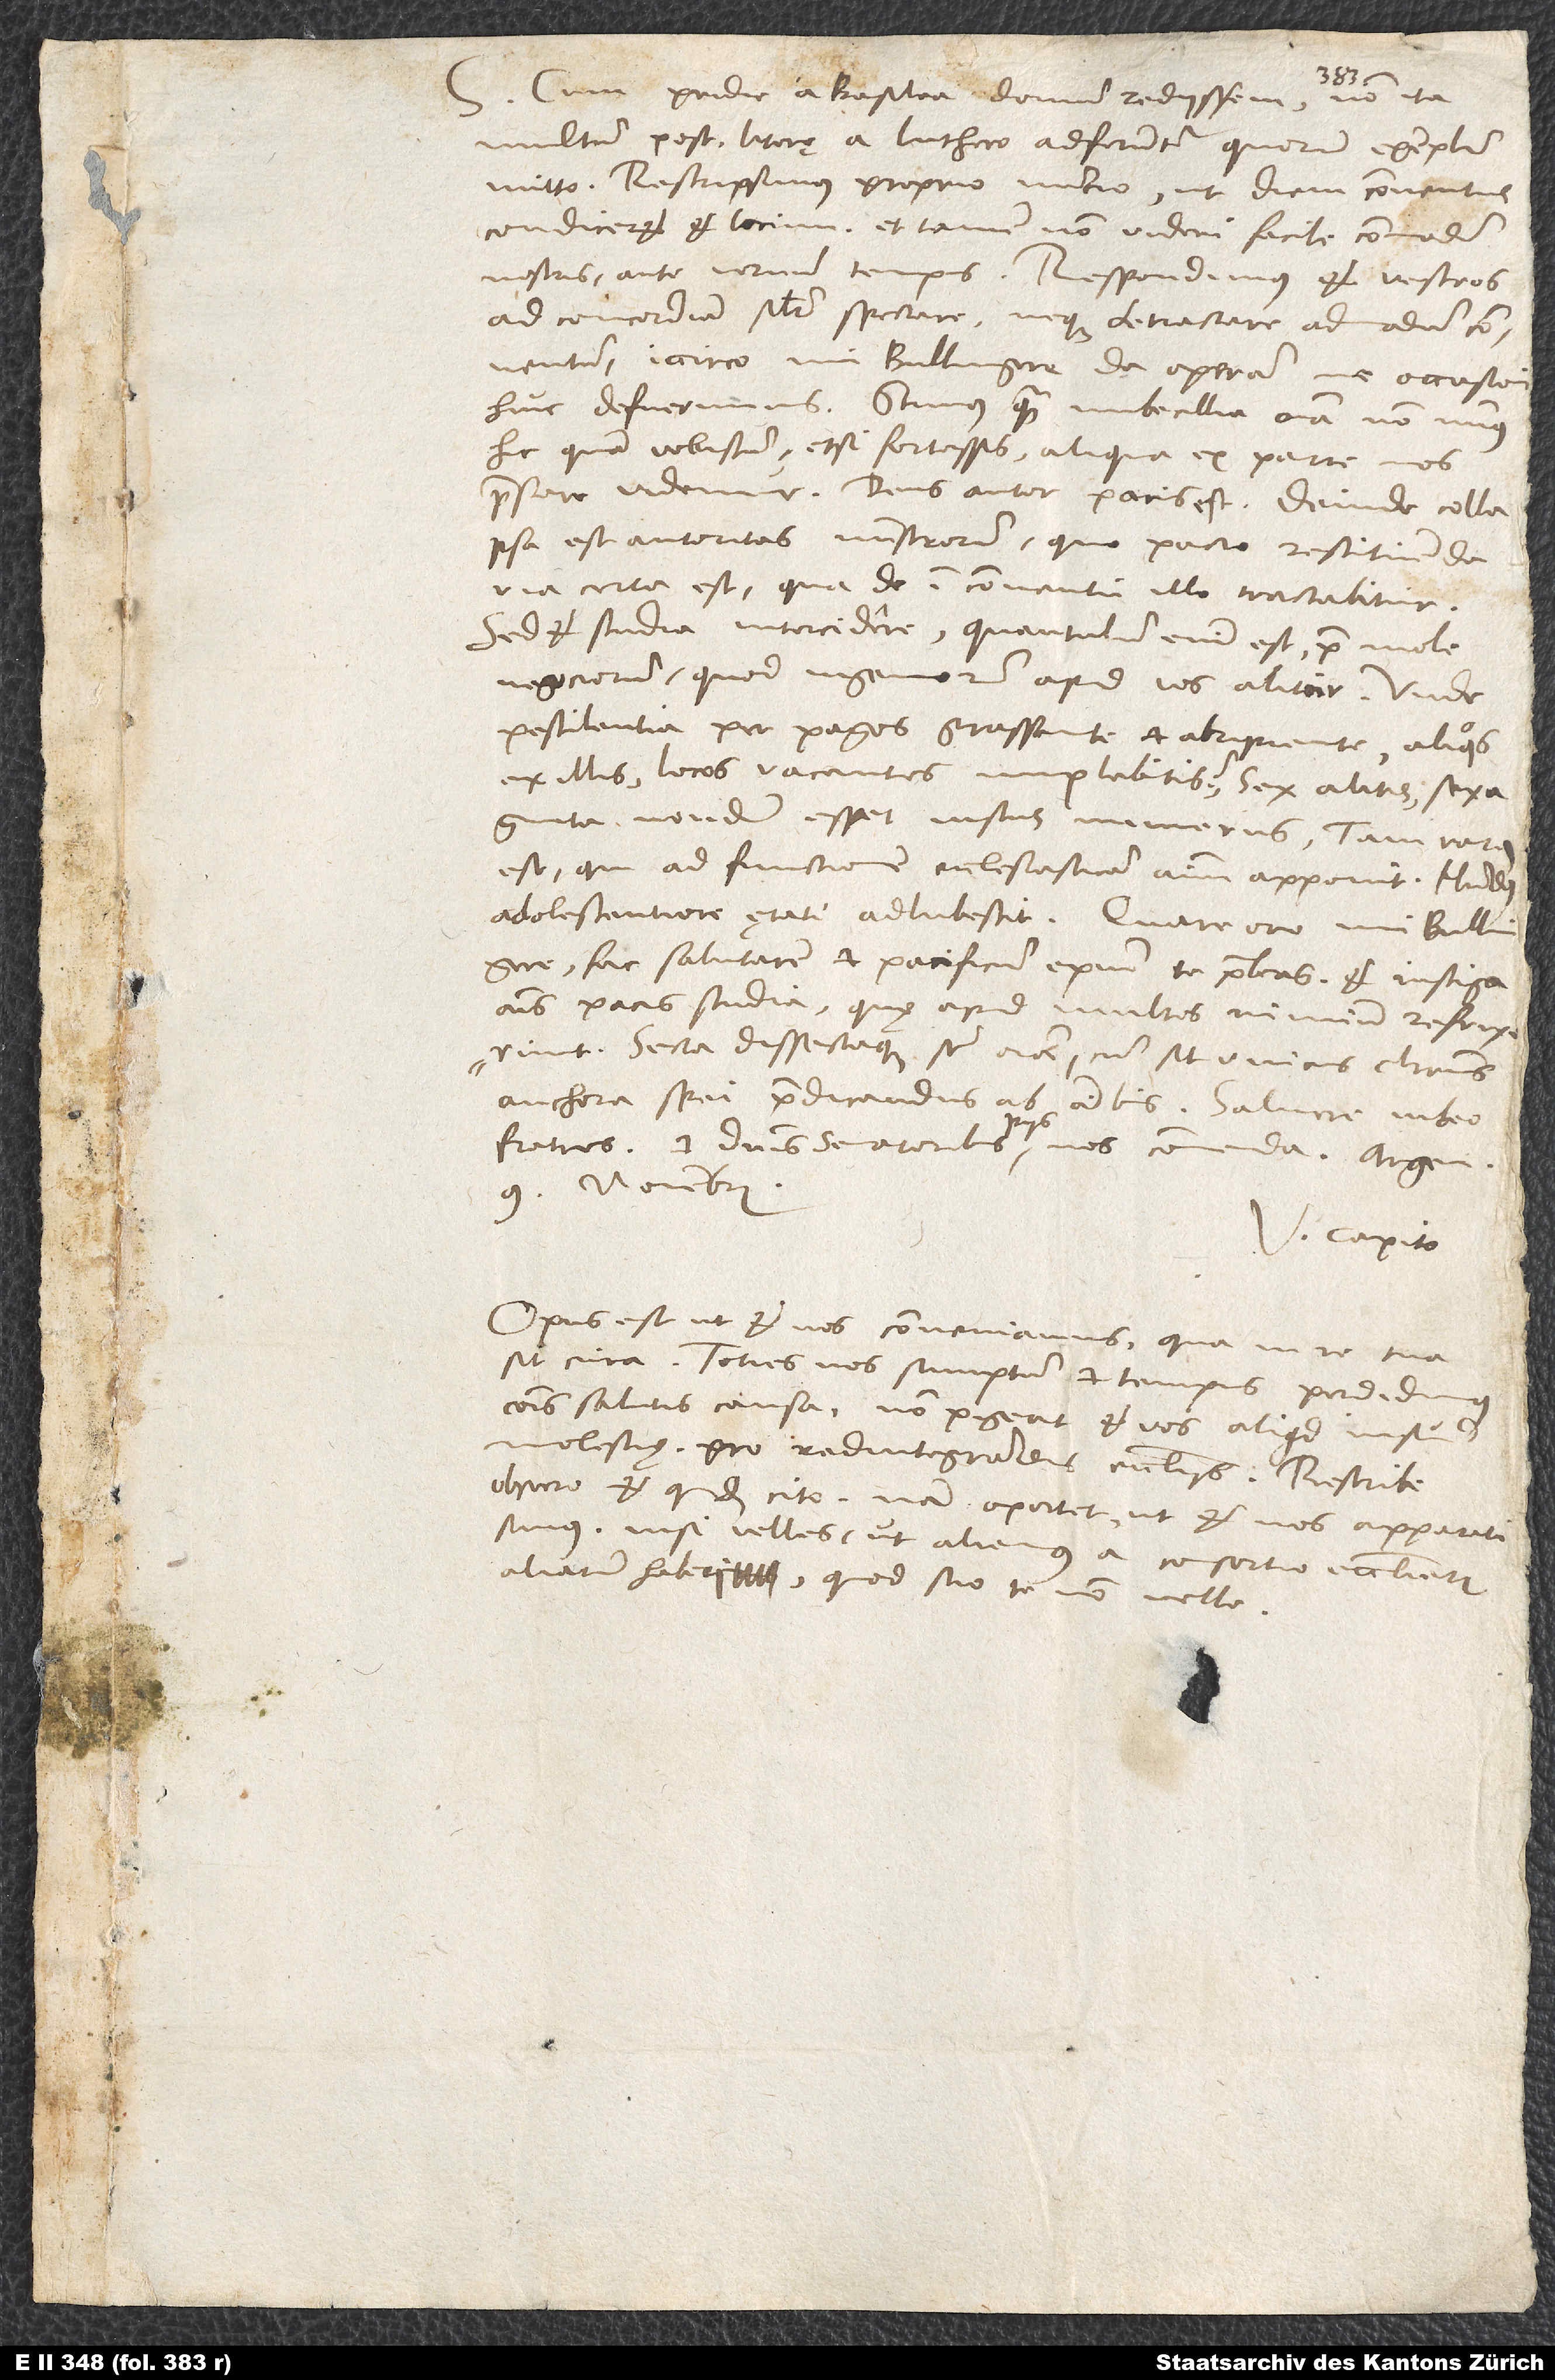
Cum pridie a Basilea domum rediissem, non ita
multum post literę a Luthero adferuntur, quarum exemplum
mitto. Rescripsimus proprio nuntio, ut diem conventus
condiceret et locum, et tamen non videri facile commodum
nostris ante vernum tempus. Respondimus et vestros
ad concordiam similiter spectare neque detractare admodum conventum.
Iccirco, mi Bullingere, da operam, ne occasioni
huic defuerimus. Scimus, quam imbecillia omnia non minus
hic quam vobiscum, etsi fortassis aliqua ex parte nos
praestare videmur. Deus autor pacis est. Deinde collapsa
est autoritas ministrorum, quo pacto restituenda
via certa est, qua de in conventu illo tractabitur.
Sed et studia intercidere; quantulum enim est prae mole
negociorum, quod ingeniorum apud vos alitur. Unde
pestilentia per pagos grassante et abripiente aliquos
ex illis locos vacantes implebitis? Sex alitis, sexaginta
nondum essent iustus numerus. Tam rarus
est, qui ad functionem ecclesiasticam animam apponit. Mundus
adolescentiori ętati adlubescit. Quare oro, mi Bullingere,
fac, salutarem et pacificum episcopum te praebeas, et instiga
animis pacis studia, quę apud multos nimium refrixerunt.
Secta dissectaque sunt omnia, cum sit unicus Christus
anchora spei praedicandus ab omnibus. Salvere iubeo
fratres, et dominis senatoribus piis nos commenda. Argen,
9. novembris.
V. Capito.
Opus est, ut et nos conveniamus, qua in re tua
sit cura. Toties nos sumptum et tempus perdidimus
communis salutis causa; non pigeat et vos aliquid iustum
molestię pro redintegrandis ecclesiis. Rescribe,
obsecro, et quidem cito; nam oportet, ut et nos apparati
simus, nisi velles ut alienus a consortio ecclesiarum
aliarum haberi, quod scio te non velle.